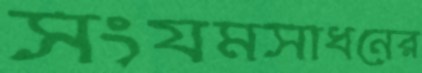
সংযমসাধনের